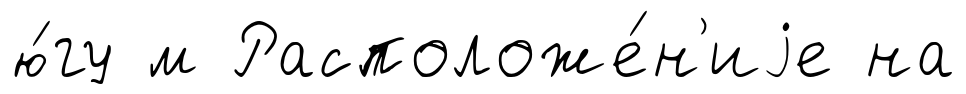
ю́гу м Расположе́н'иjе на